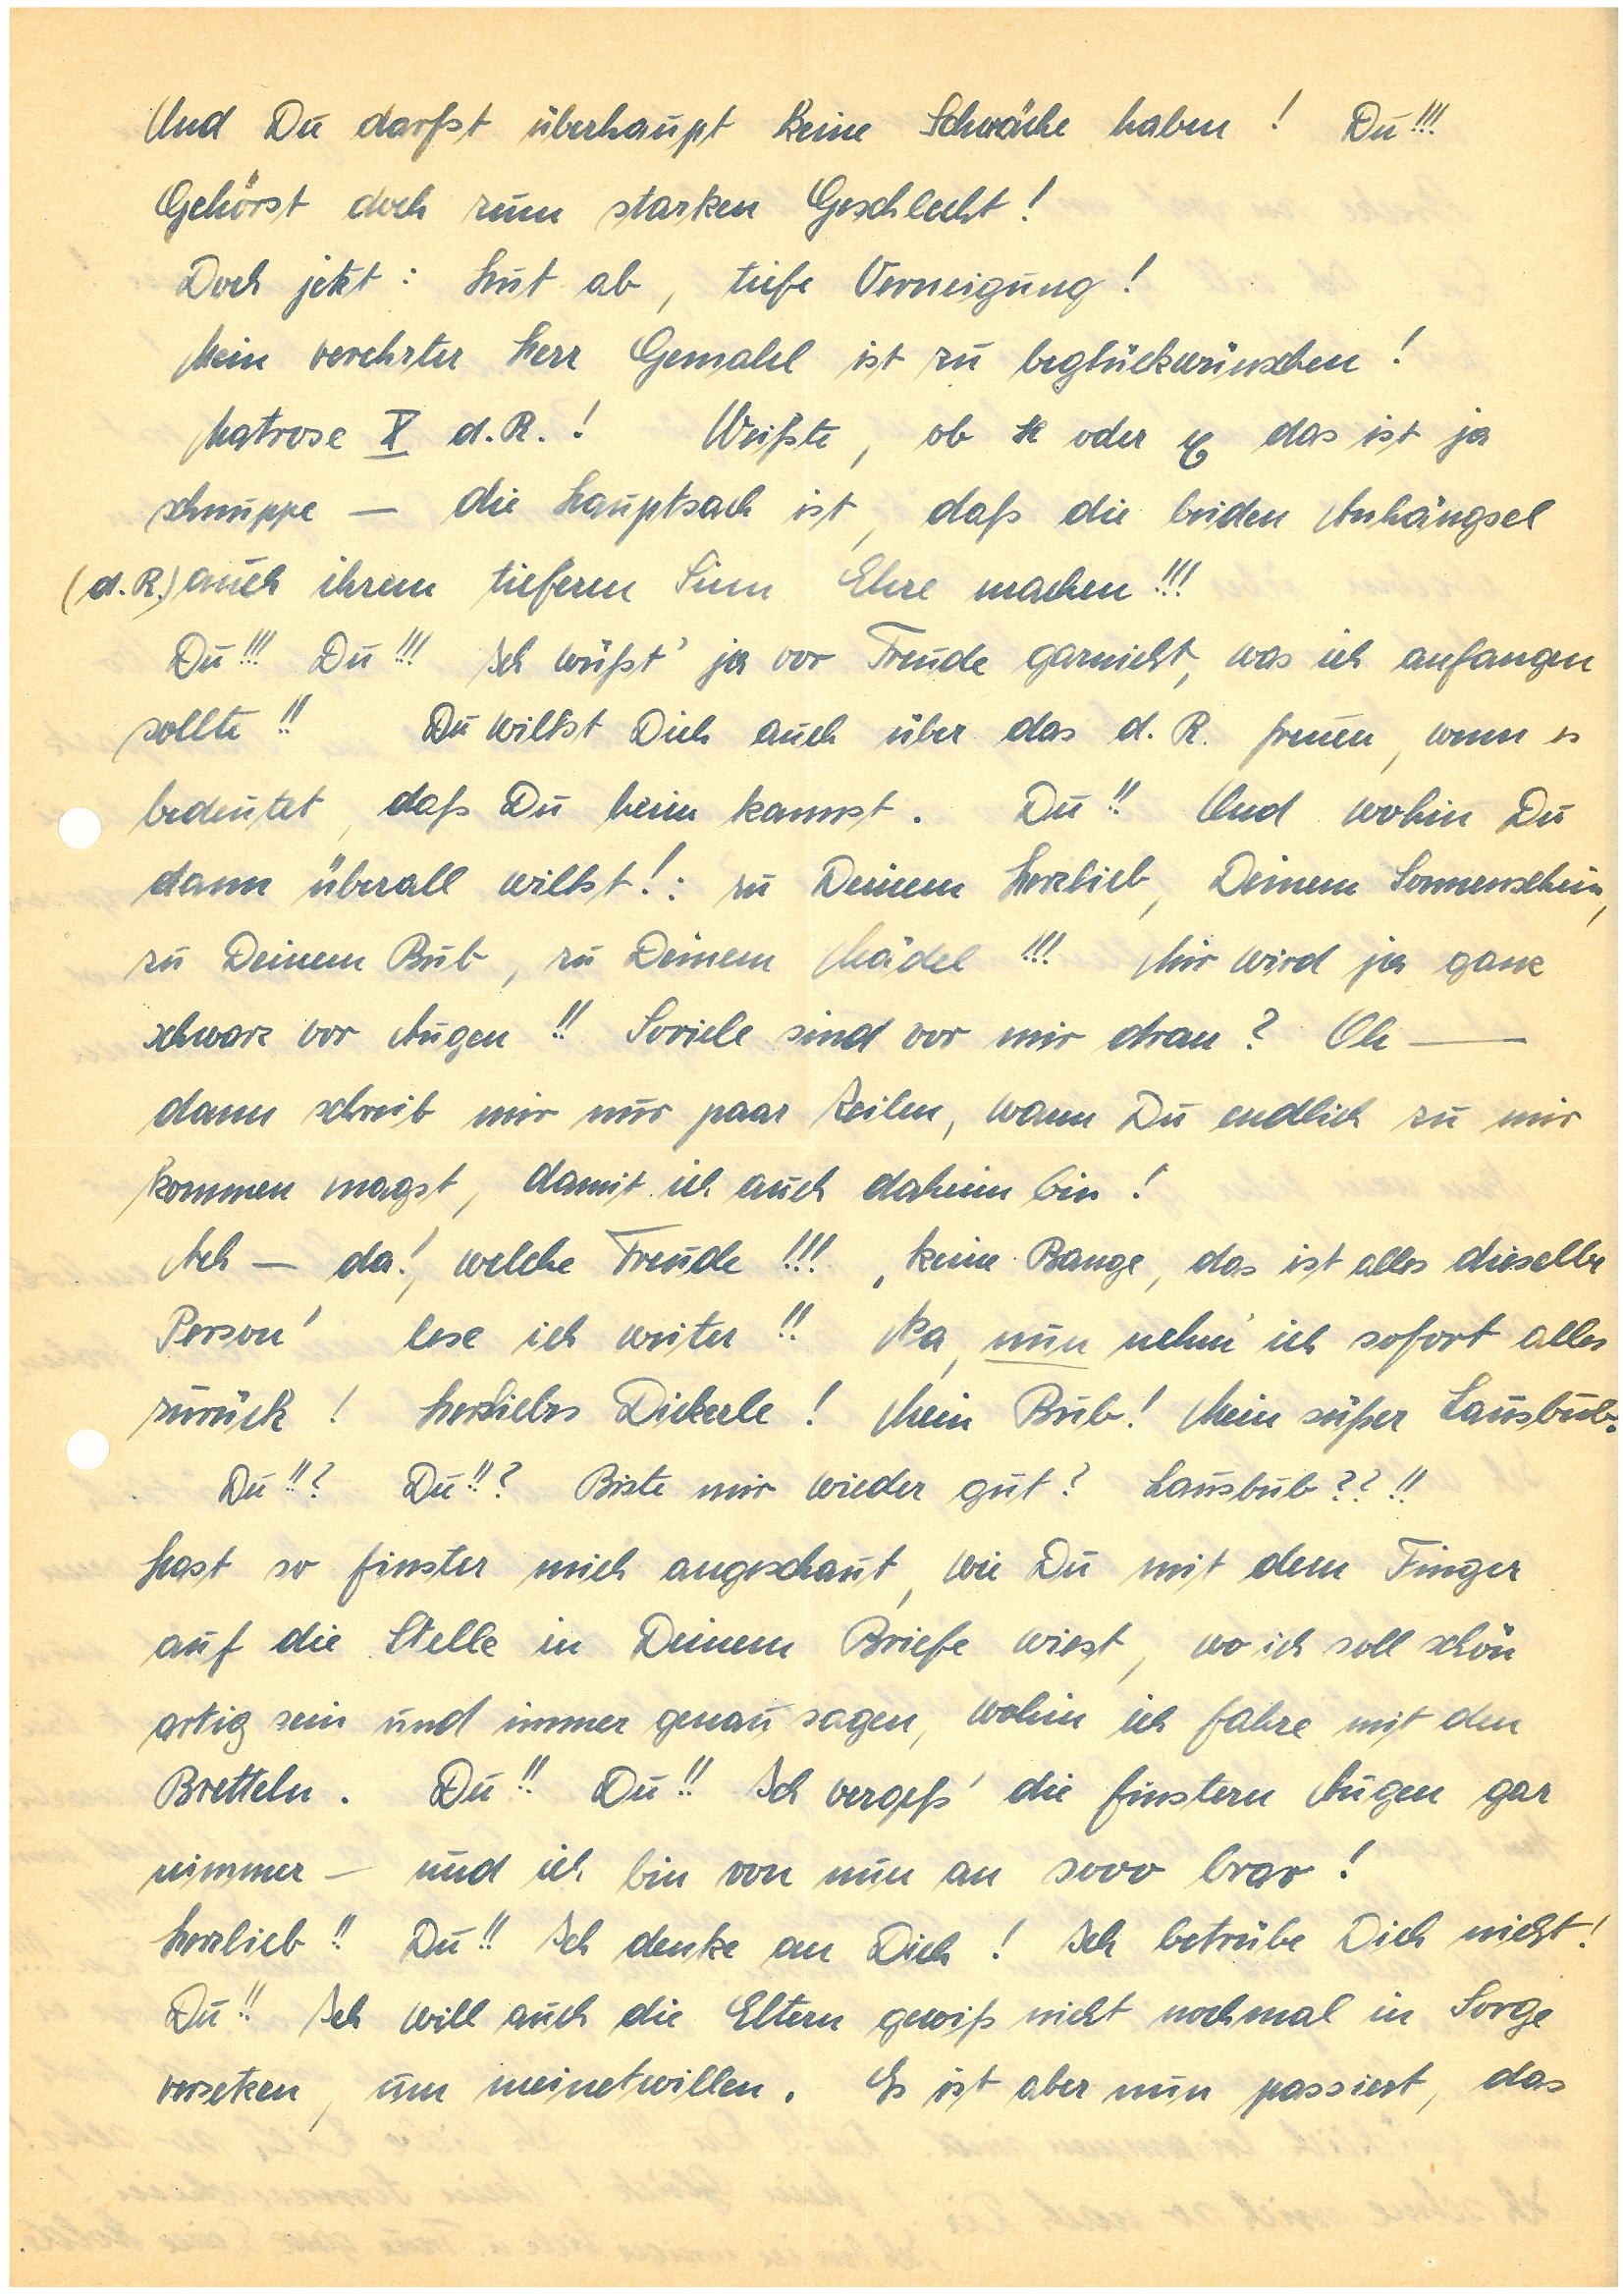
Und Du darfst überhaupt keine Schwäche haben! Du!!!
Gehörst doch zum starken Geschlecht!
Doch jetzt: Hut ab, tiefe Verneigung!
Mein verehrter Herr Gemahl ist zu beglückwünschen!
Matrose X d. R.! Weißte, ob x und y das ist ja
schnuppe – die Hauptsach ist, daß die beiden Anhängsel
(d. R.) auch ihrem tieferen Sinn Ehre machen!!!
Du!!! Du!!! Ich wüßt’ ja vor Freude garnicht, was ich anfangen
sollte!! Du willst Dich auch über das d. R. freuen, wenn es
bedeutet, daß Du heim kannst. Du!! Und wohin Du
dann überall willst!: Zu Deinem Herzlieb, Deinem Sonnenschein,
zu Deinem Bub, zu Deinem Mädel!!! Mir wird ja ganz
schwarz vor Augen!! Soviele sind vor mir dran? Oh ——
dann schreib mir nur paar Zeilen, wann Du endlich zu mir
kommen magst, damit ich auch daheim bin!
Ach — da! welche Freude!!! ‘keine Bange, das ist alles dieselbe
Person’ lese ich weiter!! Na, nun nehm’ ich sofort alles
zurück! Herzliebes Dickerle! Mein Bub! Mein süßer Lausbub.
Du!!? Du!!? Biste mir wieder gut? Lausbub??!!
Hast so finster mich angeschaut, wie Du mit dem Finger
auf die Stelle in Deinem Briefe wiest, wo ich soll schön
 artig sein und immer genau sagen, wohin ich fahre mit den
Bretteln. Du!! Du!! Ich vergeß’ die finstern Augen gar
nimmer — und ich bin von nun an sooo brav!
Herzlieb!! Du!! Ich denke an Dich! Ich betrübe Dich nicht!
Du!! Ich will auch die Eltern gewiß nicht nochmal in Sorge
versetzen, um meinetwillen. Es ist aber nun passiert, das